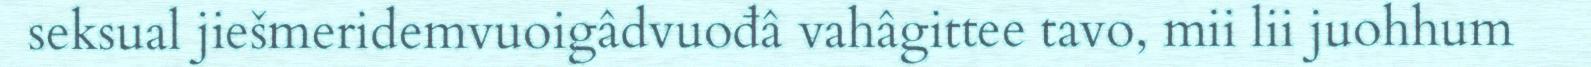
seksual jiešmeridemvuoigâdvuođâ vahâgittee tavo, mii lii juohhum